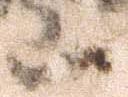
山